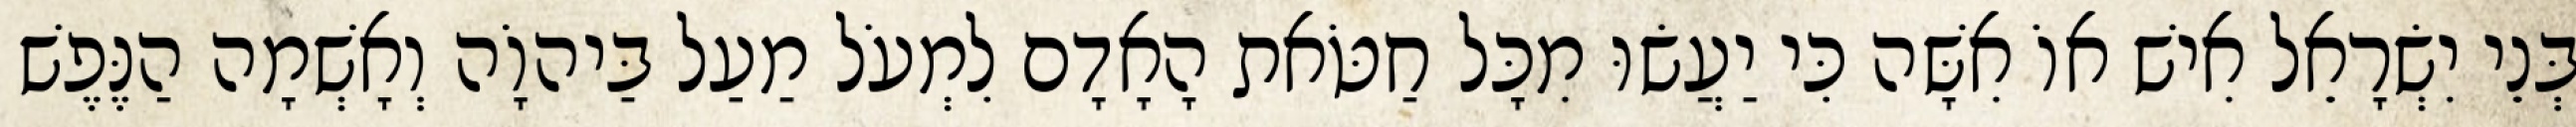
בְּנֵי יִשְׂרָאֵל אִישׁ אוֹ אִשָּׁה כִּי יַעֲשׂוּ מִכָּל חַטֹּאת הָאָדָם לִמְעֹל מַעַל בַּיהוָֹה וְאָשְׁמָה הַנֶּפֶשׁ